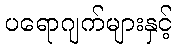
ပရောဂျက်များနှင့်